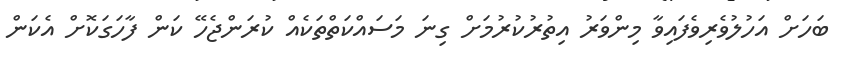
ބަހަށް އަހުލުވެރިވެފައިވާ މިންވަރު އިތުރުކުރުމަށް ގިނަ މަސައްކަތްތަކެއް ކުރަންޖެހޭ ކަން ފާހަގަކޮށް އެކަން